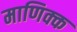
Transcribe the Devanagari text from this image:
माणिक्क